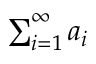
\textstyle \sum _ { i = 1 } ^ { \infty } a _ { i }